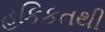
હકિકતથી